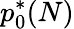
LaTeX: p_{0}^{*}(N)